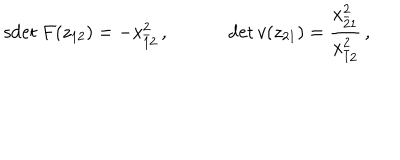
\begin{array} { c c } { { \mathrm { s d e t } \: F ( z _ { 1 2 } ) = - x _ { \bar { 1 } 2 } ^ { 2 } \, , ~ } } & { { ~ \det v ( z _ { 2 1 } ) = \displaystyle { \frac { x _ { \bar { 2 } 1 } ^ { 2 } } { x _ { \bar { 1 } 2 } ^ { 2 } } } \, , } } \\ \end{array}